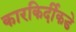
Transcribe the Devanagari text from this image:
कारकिर्दीकडे